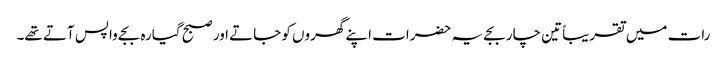
رات میں تقریباً تین چار بجے یہ حضرات اپنے گھروں کو جاتے اور صبح گیارہ بجے واپس آتے تھے۔